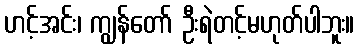
ဟင့်အင်း၊ ကျွန်တော် ဦးရဲတင့်မဟုတ်ပါဘူး။